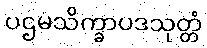
ပဌမသိက္ခာပဒသုတ္တံ